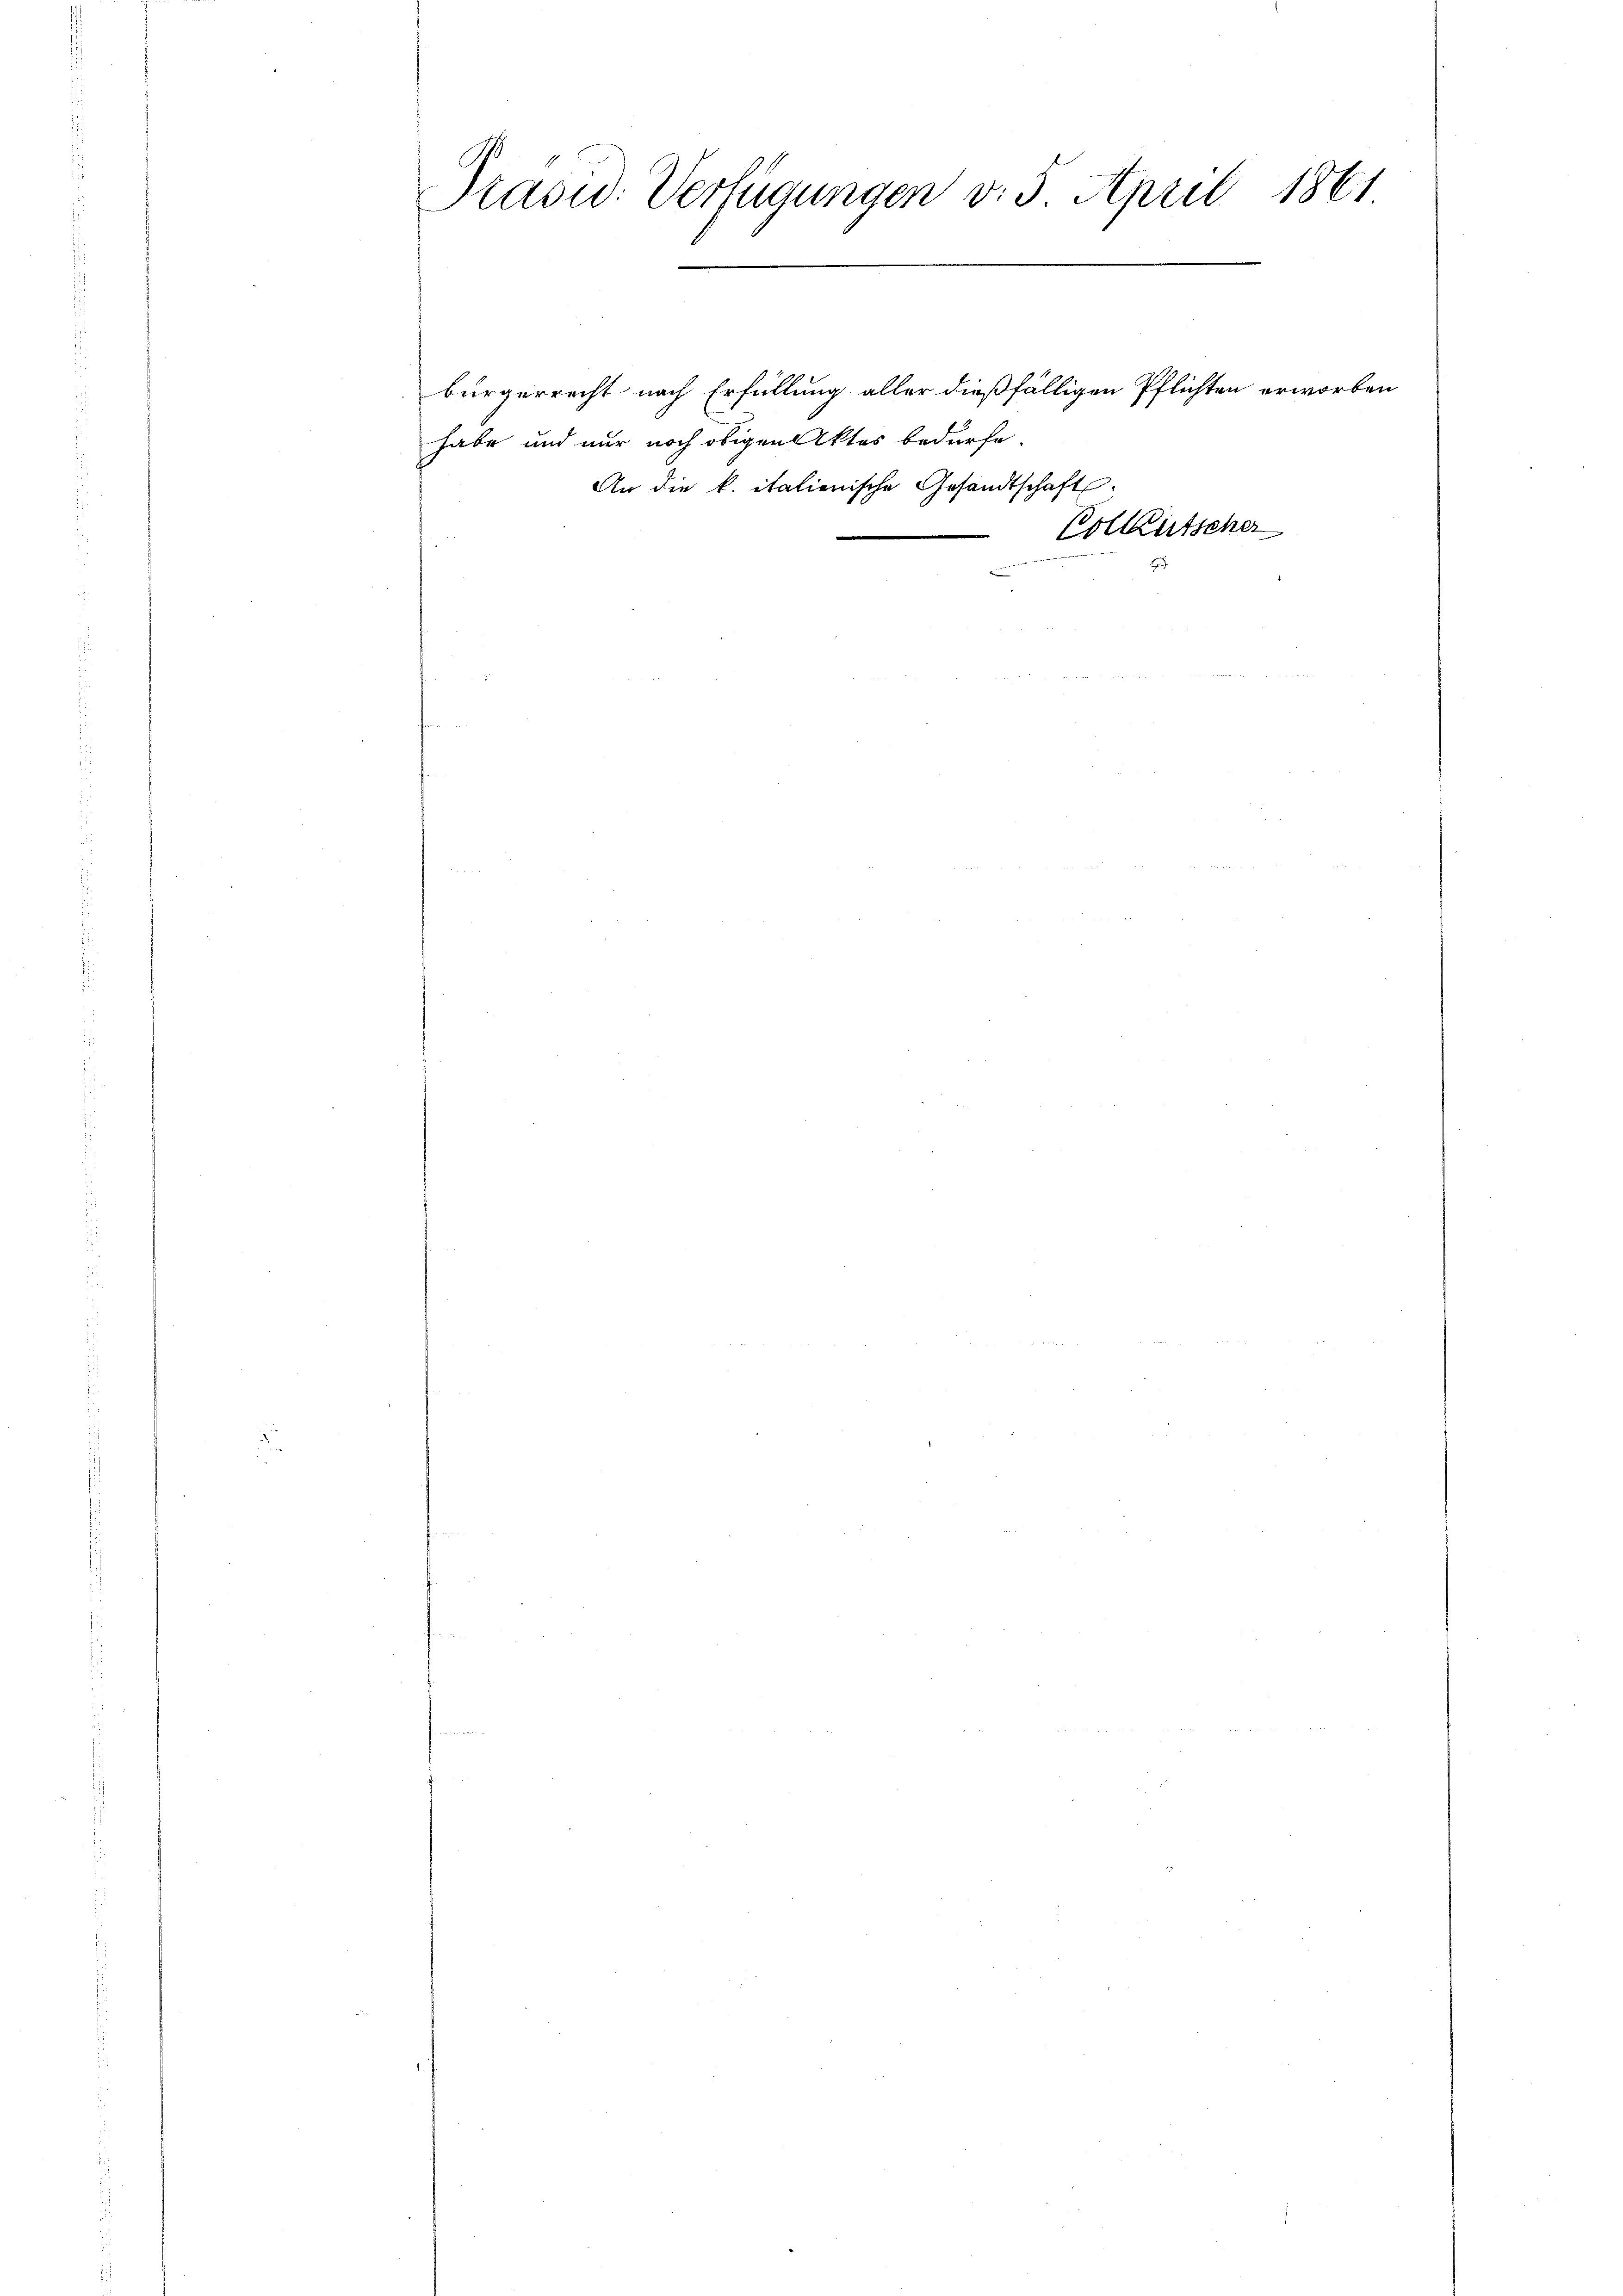
Präsid. Verfügungen v. 5. April 1861

habe und nur noch obigen Aktes bedürfe.
An die k. italienische Gesandtschaft

bürgerrecht nach Erfüllung aller dießfälligen Pflichten erworben
Volkutscher